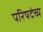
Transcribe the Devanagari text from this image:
परिषदेच्य